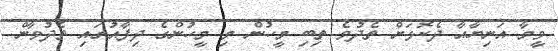
ވީމާ އަނިޔާއާ ދެކޮޅަށް ތެދުވެ ތިބި މީހުން މި މީހުންގެ ދިފާއުގައި ތެދުވާން